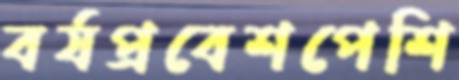
বর্ষপ্রবেশপেশি